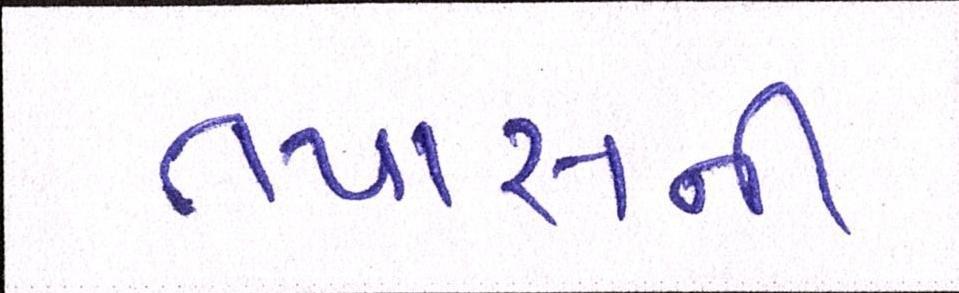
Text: તપાસની